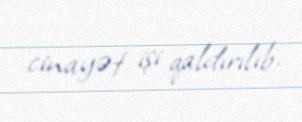
cinayət işi qaldırılıb.